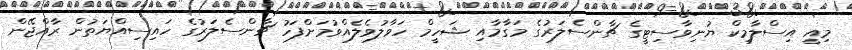
މިއީ އިސްލާމިކް ޔުނިވާސިޓީގެ ޗާންސެލަރުގެ މަގާމާއި ޝަހީމް ހަވާލުވެލެއްވުމަށްފަހު ޗާންސެލަރުގެ ހައިސިއްޔަތުން ރާއްޖޭން